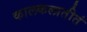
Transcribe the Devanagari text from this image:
कालकलातीतं